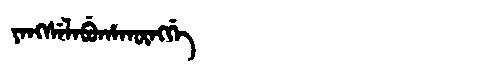
Manchu: ᠶᠠᠩᠰᡝᠯᠠᠪᡠᡥᠠᡴᡡᠩᡤᡝ
Romanization: YANGSELABUHAKŪNGGE